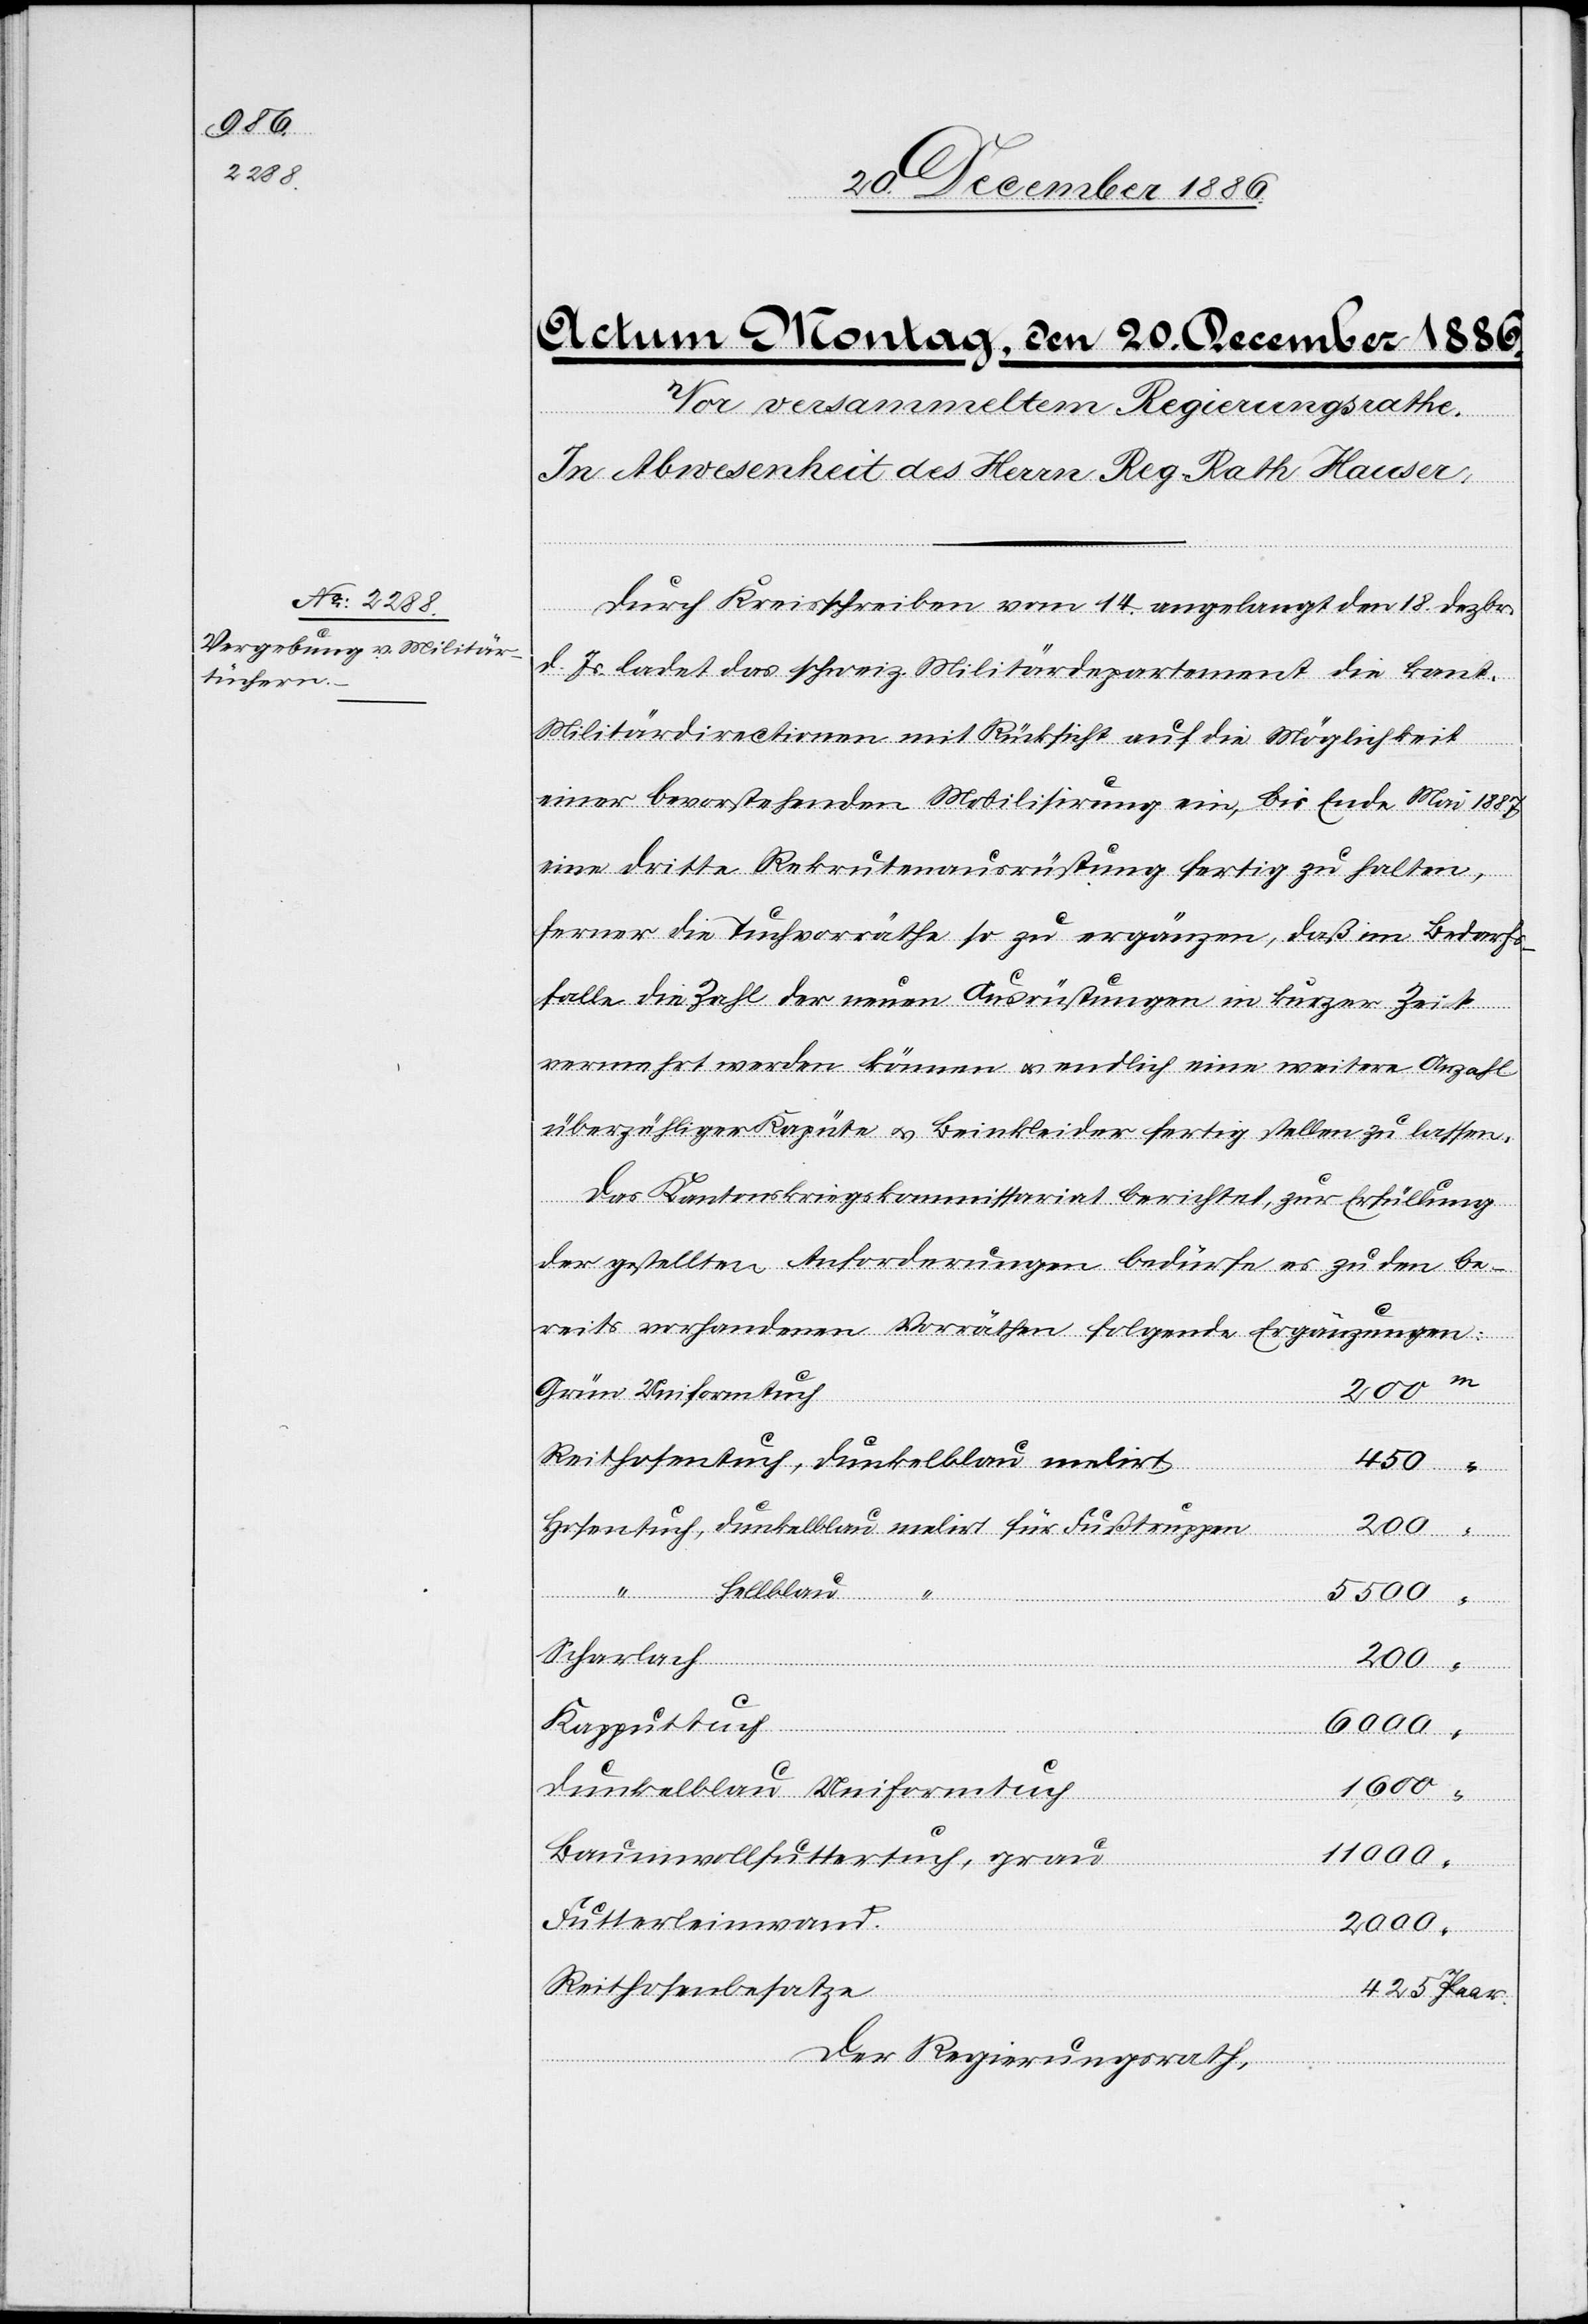
425

Durch Kreisschreiben vom 14. angelangt den 18. Dezbr.
d. Js. ladet das schweiz. Militärdepartement die kant.
Militärdirectionen mit Rücksicht auf die Möglichkeit
einer bevorstehenden Mobilisirung ein, bis Ende Mai 1887
eine dritte Rekrutenausrüstung fertig zu halten,
ferner die Tuchvorräthe so zu ergänzen, daß im Bedarfs¬
falle die Zahl der neuen Ausrüstungen in kurzer Zeit
vermehrt werden können & endlich eine weitere Anzahl
überzähliger Kapüte & Beinkleider fertig stellen zu lassen.
Das Kantonskriegskommissariat berichtet, zur Erfüllung
der gestellten Anforderungen bedürfe es zu den be¬
reits vorhandenen Vorräthen folgende Ergänzungen:
Grün Uniformtuch
Reithosentuch, dunkelblau melirt
450
Hosentuch, dunkelblau melirt für Fußtruppen
200
hellblau “
Scharlach
Kapputtuch
6000
dunkelblau Uniformtuch
1600
Baumwollfuttertuch, grau
11 000
Futterleinwand
2000
Reithosenbesatze
Der Regierungsrath,